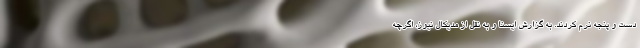
دست و پنجه نرم کردند. به گزارش ایسنا و به نقل از مدیکال نیوز، اگرچه